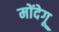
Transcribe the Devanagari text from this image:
मोंदेगू